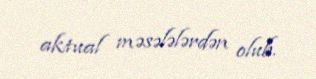
aktual məsələlərdən olub.